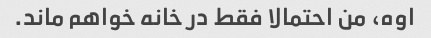
اوه، من احتمالا فقط در خانه خواهم ماند.